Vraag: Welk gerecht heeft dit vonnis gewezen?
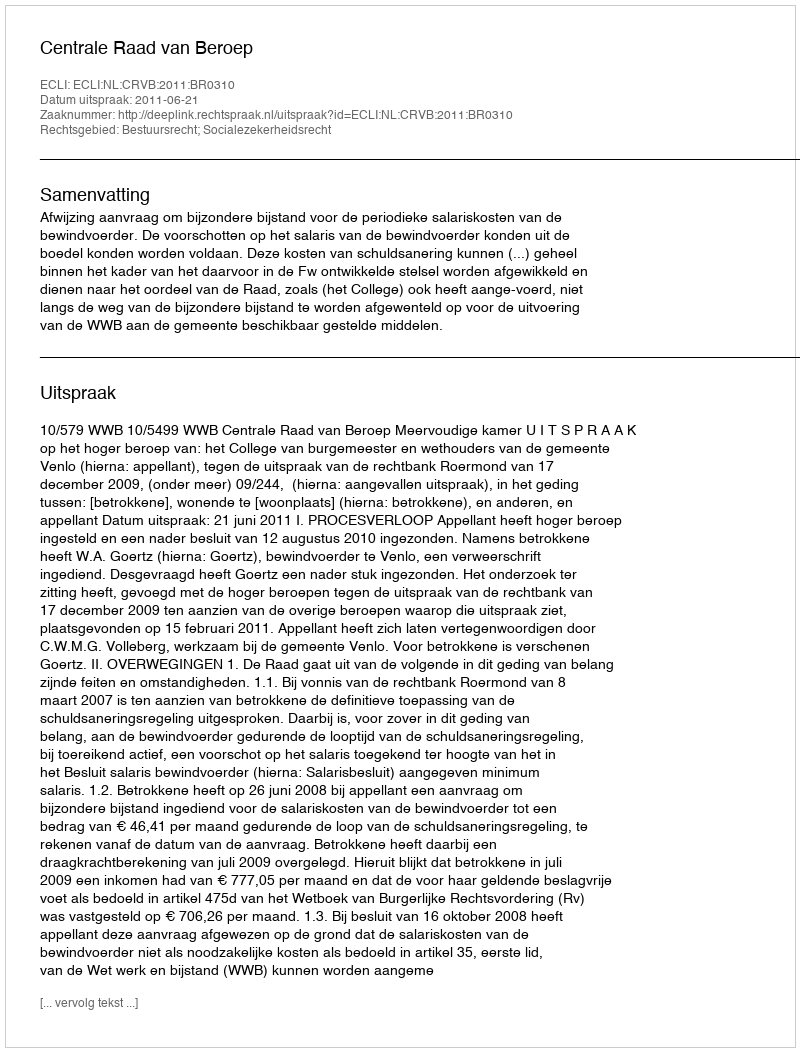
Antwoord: Centrale Raad van Beroep